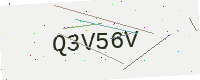
Text: Q3V56V